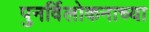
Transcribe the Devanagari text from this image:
पुनर्विलोकनाच्या